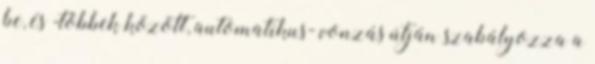
be, és -többek között, automatikus- vonzás útján szabályozza a